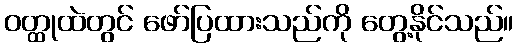
ဝတ္ထုထဲတွင် ဖော်ပြထားသည်ကို တွေ့နိုင်သည်။